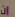
إن